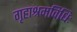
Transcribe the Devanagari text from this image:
गृहाश्रमविधिः